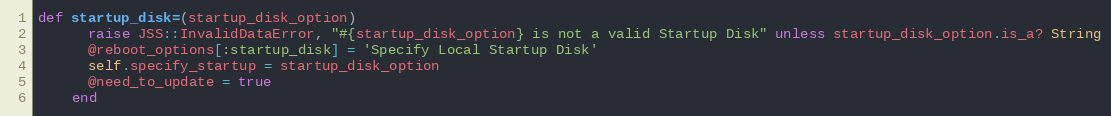
Language: Ruby
def startup_disk=(startup_disk_option)
      raise JSS::InvalidDataError, "#{startup_disk_option} is not a valid Startup Disk" unless startup_disk_option.is_a? String
      @reboot_options[:startup_disk] = 'Specify Local Startup Disk'
      self.specify_startup = startup_disk_option
      @need_to_update = true
    end